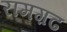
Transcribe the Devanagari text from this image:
रामग़ढ